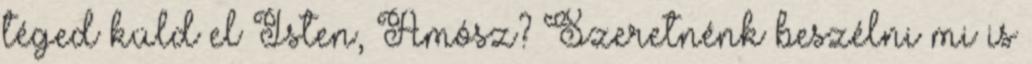
téged küld el Isten, Ámósz? Szeretnénk beszélni mi is